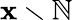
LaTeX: \mathbf{x}\smallsetminus\mathbb{{N}}